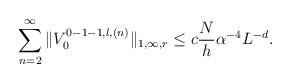
LaTeX: \begin{align*}\sum_{n=2}^{\infty}\|V_0^{0-1-1,l,(n)}\|_{1,\infty,r}\le c\frac{N}{h}\alpha^{-4}L^{-d}.\end{align*}